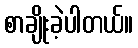
စာချိုးခဲ့ပါတယ်။